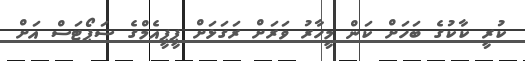
ކުރީ ކާކުގެ ބަހަށް ކަން މީހާރު ވަރަށް ރަގަޅަށް ޕީޕީއެމްގެ ސަޕޯޓަސް އަށް